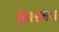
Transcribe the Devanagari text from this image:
जेमस्लेभ